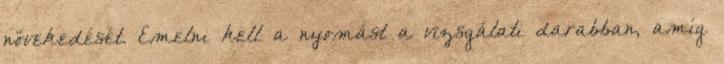
növekedését. Emelni kell a nyomást a vizsgálati darabban, amíg